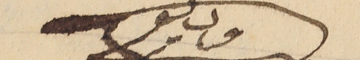
وديع